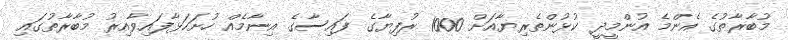
މުބާރާތުގެ އެންމެ އުންމީދީ ކުޅުންތެރިޔާއަށް 1000 ރުފިޔާގެ ފައިސާގެ އިނާމެއް ހުށަހަޅާފައިވާއިރު މުބާރާތުގައި